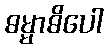
ဓမ္မာဓိပေါ